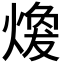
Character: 𤎈